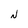
Character: N